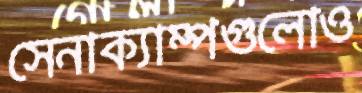
সেনাক্যাম্পগুলোও